system: You are a helpful assistant.
user:
Analyze the provided spectrum to determine if it is a **S-type Star**.

- **Key Indicators for S-type Star:**

    - **(Overall Spectrum Shape):** The first and most obvious characteristic is the overall continuum (the "baseline" shape). It is **extremely "red-sloping,"** meaning the flux (light intensity) is very low on the left side (blue, ~4000-4500 Å) and rises steeply and continuously toward the right side (red, ~7000 Å+).

    - **(Primary):** The spectrum is defined by the presence of strong, broad molecular absorption "valleys" (bands) from **Zirconium Oxide (ZrO)**. The identification of these bands is the **primary requirement** for classifying a star as S-type.
        - **(Key Bandheads):** You must find distinct, deep "dips" where the light has been absorbed. The most critical band systems to locate are:
            - **~6474 Å** ($\gamma$-system): This is often the strongest and clearest ZrO feature, found in the red part of the spectrum.
            - **~5718 Å** & **~5551 Å** ($\beta$-system): A pair of prominent absorption features in the yellow-orange part of the spectrum.
            - **~4640 Å** ($\alpha$-system): A key absorption band system in the blue-green region of the spectrum.

    - **(Secondary Confirmation):** The classification is strengthened by finding additional absorption bands from other related heavy element oxides, which are expected to be present alongside ZrO.
        - **(Key Bandheads):**
            - **Yttrium Oxide (YO):** Look for absorption dips near **~4800 Å** and **~6100 Å**.
            - **Lanthanum Oxide (LaO):** Additional absorption features, particularly in the red-orange part of the spectrum, are also characteristic.

    - **(Line Profile):** The combination of the steep red continuum and these numerous, deep molecular bands (ZrO, YO, etc.) gives the entire spectrum a very **"chopped-up"** or **"bumpy"** appearance. Instead of a smooth curve, the spectrum looks as though large, wide chunks of light have been "carved out" of it at the specific wavelengths listed above.

Think first, call **spectral_visualization_tool** if needed to examine features in detail, then provide your final answer. Your response must adhere to the following strict rules:
1.  **Overall Structure:** Your response must follow the format `<think>...</think> <tool_call>...</tool_call> (if a tool is used) <answer>...</answer>`.
2.  **Tool Usage Constraint:** You may only make **one** tool call per turn.
3.  **Final Answer Format:** In the `<answer>` tag, your conclusion must be inside a `\boxed{}` command (e.g., `\boxed{YES}` or `\boxed{NO}`), followed by your justification.

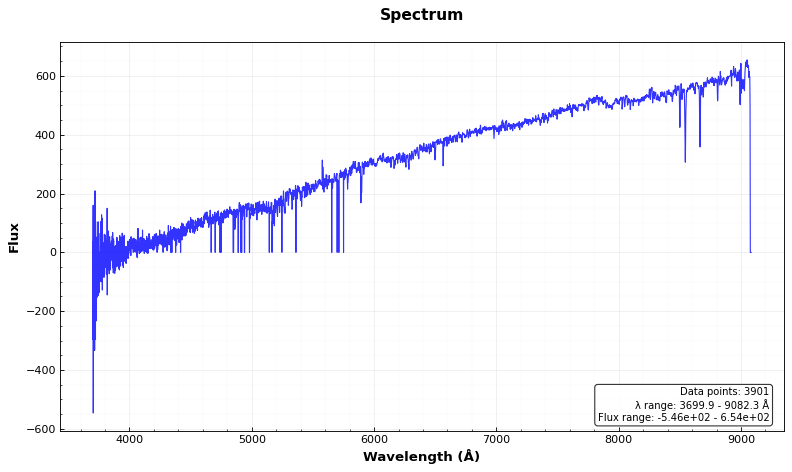
Answer: NO